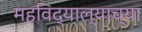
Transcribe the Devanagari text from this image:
महविद्याल्याच्या